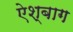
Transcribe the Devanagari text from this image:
ऐश्बाग